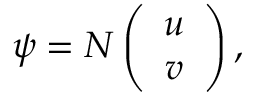
\psi = N \left( \begin{array} { c } { { u } } \\ { { v } } \end{array} \right) ,